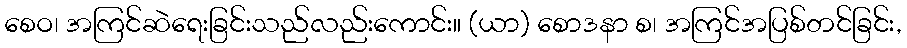
စေဝ၊ အကြင်ဆဲရေးခြင်းသည်လည်းကောင်း။ (ယာ) စောဒနာ စ၊ အကြင်အပြစ်တင်ခြင်း,